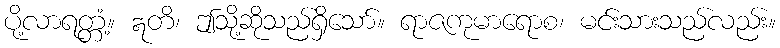
ပို့လာရတ္တံ့။ ဣတိ၊ ဤသို့ဆိုသည်ရှိသော်။ ရာဇကုမာရောစ၊ မင်းသားသည်လည်း။